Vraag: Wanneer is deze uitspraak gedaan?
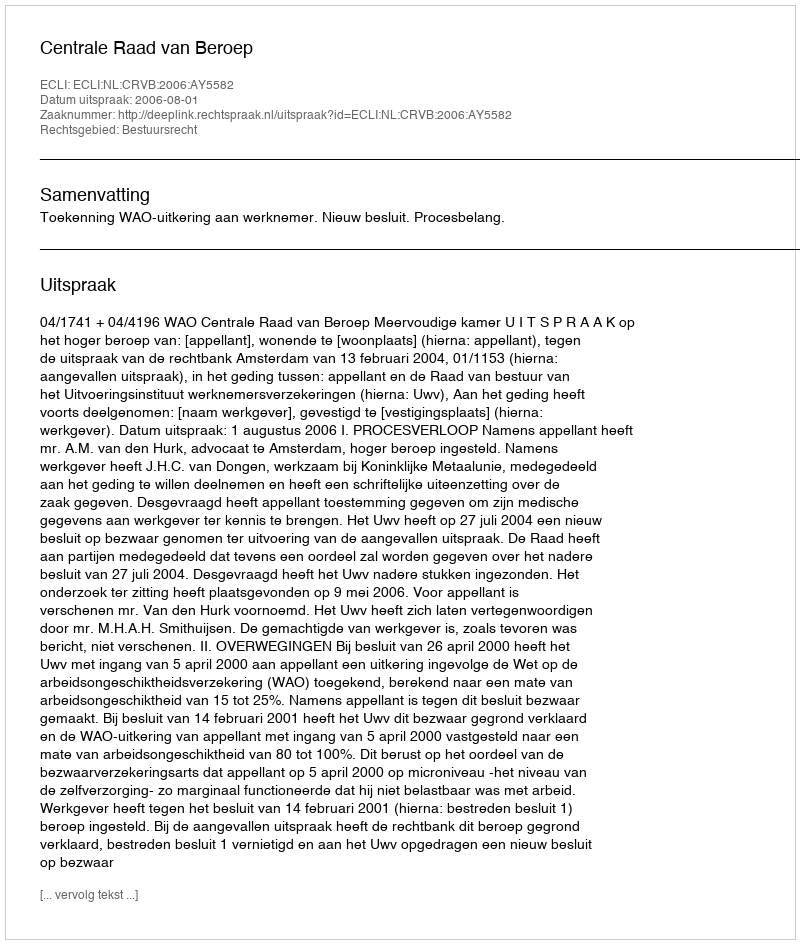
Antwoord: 2006-08-01